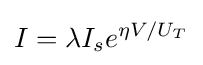
I=\lambda I_{s}e^{\eta V/U_{T}}